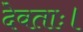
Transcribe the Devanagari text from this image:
देवताः।